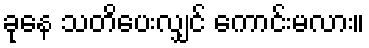
ခုနေ သတိပေးလျှင် ကောင်းမလား။